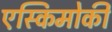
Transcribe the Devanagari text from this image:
एस्किमोकी